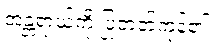
အန္တရာယ်ကို ပြုတတ်ကုန်၏။